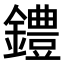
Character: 𫓐